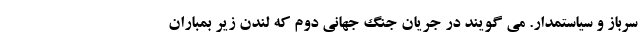
سرباز و سیاستمدار. می گویند در جریان جنگ جهانی دوم که لندن زیر بمباران